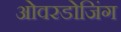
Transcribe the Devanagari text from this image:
ओवरडोजिंग